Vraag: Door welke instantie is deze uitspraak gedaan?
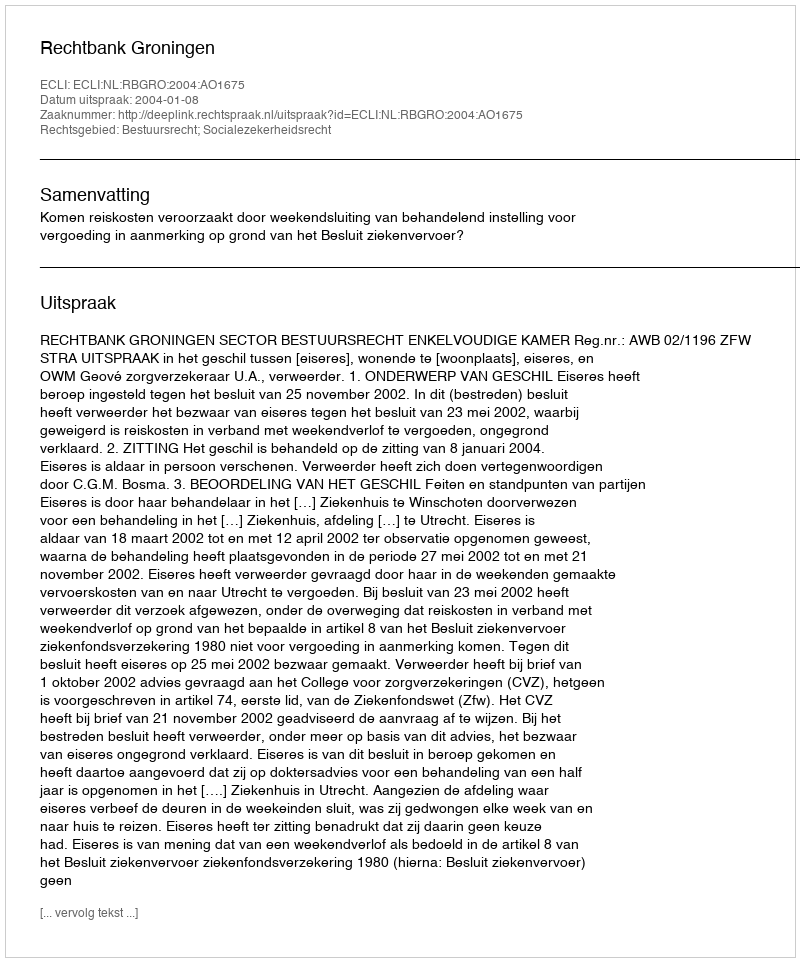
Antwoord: Rechtbank Groningen